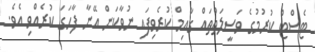
ޓެސްޓް ކުރުމުގެ ވަސީލަތްތައް ގާއިމް ކުރެވިފައި ނުވާކަން އޭނާ ފާހަގަ ކުރެއްވި އެވެ.